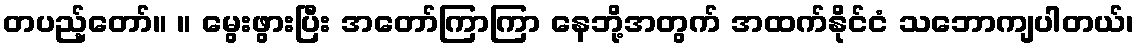
တပည့်တော်။ ။ မွေးဖွားပြီး အတော်ကြာကြာ နေဘို့အတွက် အထက်နိုင်ငံ သဘောကျပါတယ်၊